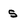
Character: s